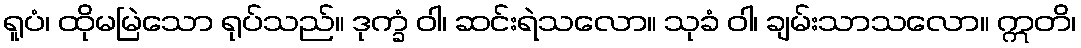
ရူပံ၊ ထိုမမြဲသော ရုပ်သည်။ ဒုက္ခံ ဝါ၊ ဆင်းရဲသလော။ သုခံ ဝါ၊ ချမ်းသာသလော။ ဣတိ၊